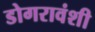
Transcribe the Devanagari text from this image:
डोगरावंशी